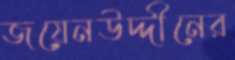
জয়েনউদ্দীনের